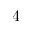
4 -